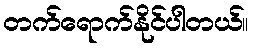
တက်ရောက်နိုင်ပါတယ်။